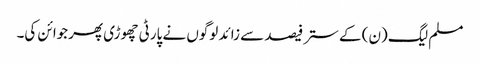
مسلم لیگ (ن) کے ستر فیصد سے زائد لوگوں نے پارٹی چھوڑی پھرجوائن کی۔